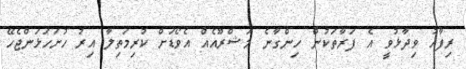
ރިފާއު ވިދާޅުވީ އެ ފަރާތަކުން ހިންގާނެ މަޝްރޫއެއް އެވޯޑަށް ކުރިމަތިލާ އިރު ހުށަހަޅަންޖެހޭ